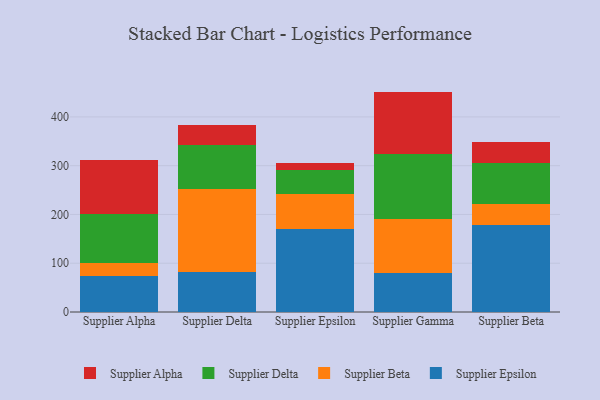
{"axis": {"x": "Supplier", "y": "Temperature (°C)"}, "legend": ["Supplier Alpha", "Supplier Beta", "Supplier Delta", "Supplier Epsilon"], "data": [{"x": "Supplier Alpha", "y": 72.9, "type": "Supplier Epsilon"}, {"x": "Supplier Alpha", "y": 27.3, "type": "Supplier Beta"}, {"x": "Supplier Alpha", "y": 99.9, "type": "Supplier Delta"}, {"x": "Supplier Alpha", "y": 110.7, "type": "Supplier Alpha"}, {"x": "Supplier Delta", "y": 81.1, "type": "Supplier Epsilon"}, {"x": "Supplier Delta", "y": 170.5, "type": "Supplier Beta"}, {"x": "Supplier Delta", "y": 91.7, "type": "Supplier Delta"}, {"x": "Supplier Delta", "y": 39.4, "type": "Supplier Alpha"}, {"x": "Supplier Epsilon", "y": 169.5, "type": "Supplier Epsilon"}, {"x": "Supplier Epsilon", "y": 72.5, "type": "Supplier Beta"}, {"x": "Supplier Epsilon", "y": 49.2, "type": "Supplier Delta"}, {"x": "Supplier Epsilon", "y": 14.6, "type": "Supplier Alpha"}, {"x": "Supplier Gamma", "y": 80.8, "type": "Supplier Epsilon"}, {"x": "Supplier Gamma", "y": 109.1, "type": "Supplier Beta"}, {"x": "Supplier Gamma", "y": 134.8, "type": "Supplier Delta"}, {"x": "Supplier Gamma", "y": 127.2, "type": "Supplier Alpha"}, {"x": "Supplier Beta", "y": 177.8, "type": "Supplier Epsilon"}, {"x": "Supplier Beta", "y": 44.6, "type": "Supplier Beta"}, {"x": "Supplier Beta", "y": 82.6, "type": "Supplier Delta"}, {"x": "Supplier Beta", "y": 44.2, "type": "Supplier Alpha"}]}